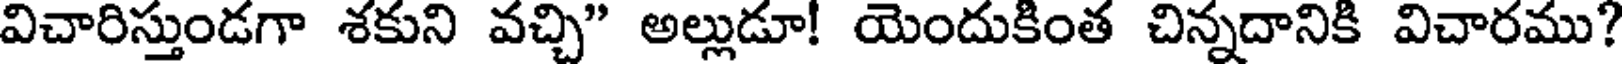
విచారిస్తుండగా శకుని వచ్చి" అల్లుడూ! యెందుకింత చిన్నదానికి విచారము?